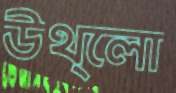
উথ্‌লো